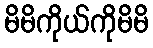
မိမိကိုယ်ကိုမိမိ